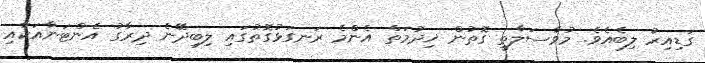
ގަޑިއިރު ލިބެއެވެ. މުވާސަލާތީ ގޮތުން ޚިދުމަތް އެންމެ ރަނގަޅުގޮތުގައި ލިބިދޭނެ ދިރާގު އެންޓަނާއަކާއި